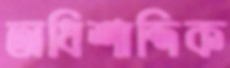
অধিশাব্দিক